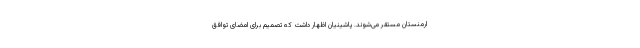
ارمنستان مستقر می‌شوند. پاشینیان اظهار داشت که تصمیم برای امضای توافق